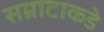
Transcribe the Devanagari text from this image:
सम्राटाकडे